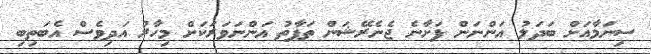
ސިނަމާއަށް ބަދަލު އަންނަން ފަށާނެ ޖެނެރޭޝަން ތަފާތު އަންނަވަރަކަށް މިހާރު އަދިވެސް އެބަތިބި